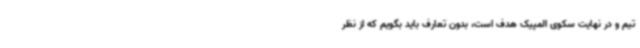
تیم و در نهایت سکوی المپیک هدف است، بدون تعارف باید بگویم که از نظر